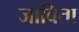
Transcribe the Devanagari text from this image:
जाबिता